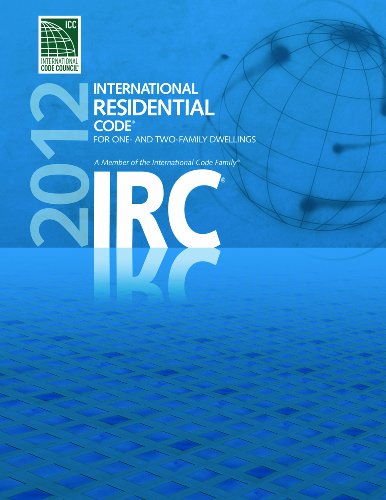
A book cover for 2012 International Residential Code for One- and Two- Family Dwellings (International Code Council Series); International Code Council; Engineering & Transportation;